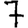
Digit: 7